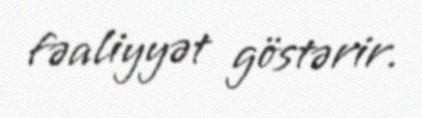
fəaliyyət göstərir.